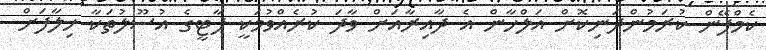
ކެމްޕޭން ކުރަމުންދަނިކޮށް އަލްހާން އެ ދާއިރާއަށް ވާދަ ކުރެއްވުމަކީ ޕާޓީގެ އުސޫލުތަކާ ޚިލާފަށް